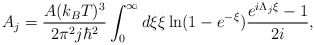
\begin{align*}A_j=\frac{A (k_B T)^3}{2\pi^2 j \hbar^2}\int_0^{\infty} d\xi \xi \ln(1-e^{-\xi})\frac{e^{i \Lambda_j \xi}-1}{2 i},\end{align*}